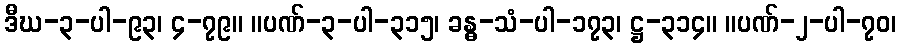
ဒီဃ-၃-ပါ-၉၃၊ ၄-၇၉။ ။ပဏ်-၃-ပါ-၃၁၅၊ ခန္ဓ-သံ-ပါ-၁၇၃၊ ဋ္ဌ-၃၁၄။ ။ပဏ်-၂-ပါ-၇၀၊